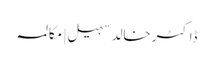
ڈاکٹر خالد سہیل | مکالمہ